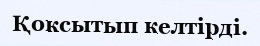
Қоксытып келтірді.